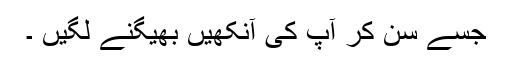
جسے سن کر آپ کی آنکھیں بھیگنے لگیں ۔